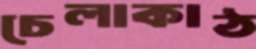
চেলাকাঠ